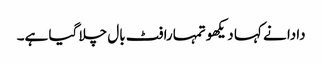
دادا نے کہا دیکھو تمہارا فٹ بال چلا گیا ہے۔